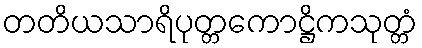
တတိယသာရိပုတ္တကောဋ္ဌိကသုတ္တံ